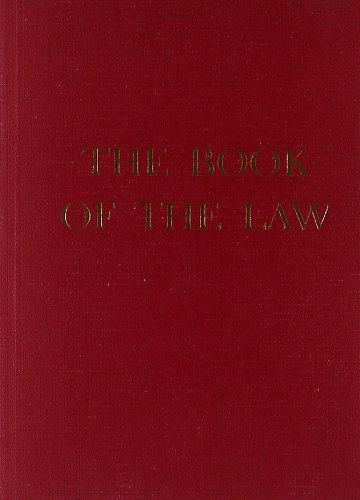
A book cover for Book of the Law; Aleister Crowley; Law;